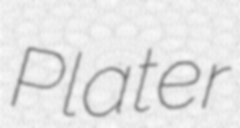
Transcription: Plater